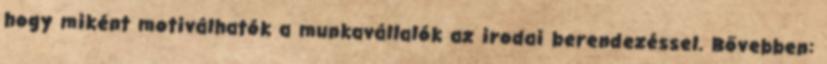
hogy miként motiválhatók a munkavállalók az irodai berendezéssel. Bővebben: